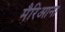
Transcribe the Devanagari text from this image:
मैरिआना